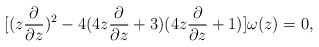
\begin{align*}[ ( z \frac{ \partial }{ \partial z } )^2 - 4(4 z \frac{ \partial }{ \partial z } + 3 )(4 z \frac{ \partial }{ \partial z } + 1 ) ] \omega ( z ) = 0 ,\end{align*}